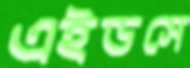
এইডসে